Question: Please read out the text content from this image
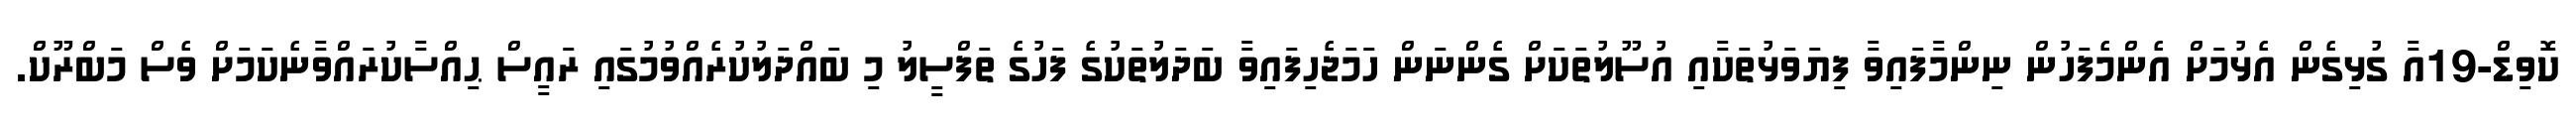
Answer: ކޮވިޑް-19އާ ގުޅިގެން އެޅުމަށް އެންމެފަހުން ނިންމާފައިވާ ފިޔަވަޅުތަކާއި އުސޫލުތަކަށް ގެންނަން ހަމަޖެހިފައިވާ ބަދަލުތަކުގެ ފަހުގެ ތަފްސީލު މި ބައްދަލުކުރެއްވުމުގައި ރައީސް ޙިއްސާކުރައްވާނެކަމަށް ވެސް މަބްރޫކް.